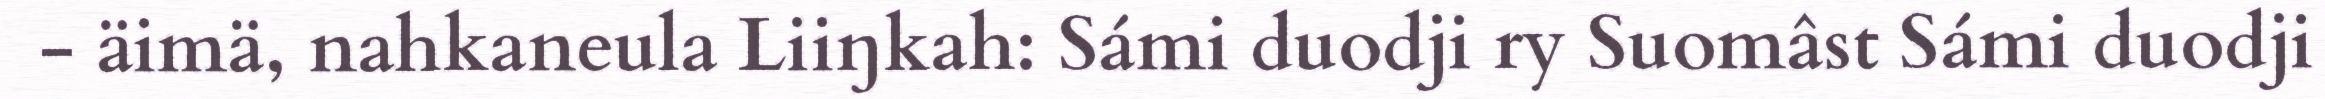
- äimä, nahkaneula Liiŋkah: Sámi duodji ry Suomâst Sámi duodji